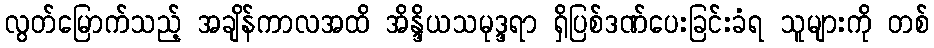
လွတ်မြောက်သည့် အချိန်ကာလအထိ အိန္ဒိယသမုဒ္ဒရာ ရှိပြစ်ဒဏ်ပေးခြင်းခံရ သူများကို တစ်